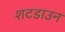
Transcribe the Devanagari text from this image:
शटडाउन